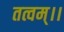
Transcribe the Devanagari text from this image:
तत्वम्।।